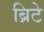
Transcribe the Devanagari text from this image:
ब्रिटे